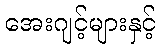
အေးဂျင့်များနှင့်